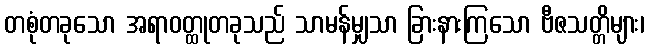
တစုံတခုသော အရာဝတ္ထုတခုသည် သာမန်မျှသာ ခြားနားကြသော ဗီဇသတ္တိများ၊